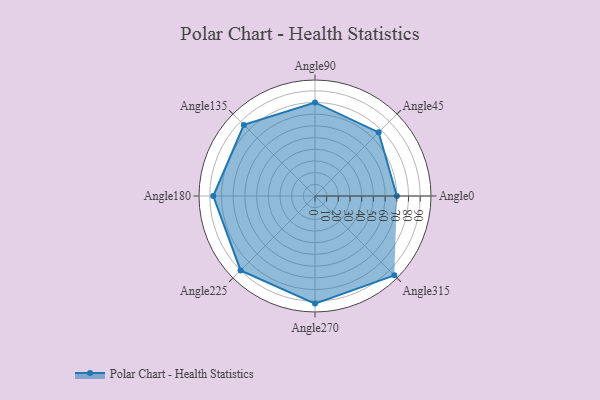
{"axis": {"x": "Angle", "y": "Radius"}, "legend": [""], "data": [{"x": "Angle0", "y": 70.0, "type": ""}, {"x": "Angle45", "y": 77.0, "type": ""}, {"x": "Angle90", "y": 80.0, "type": ""}, {"x": "Angle135", "y": 86.0, "type": ""}, {"x": "Angle180", "y": 87.0, "type": ""}, {"x": "Angle225", "y": 90.0, "type": ""}, {"x": "Angle270", "y": 92.0, "type": ""}, {"x": "Angle315", "y": 96.0, "type": ""}]}